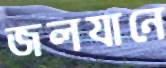
জলযানে